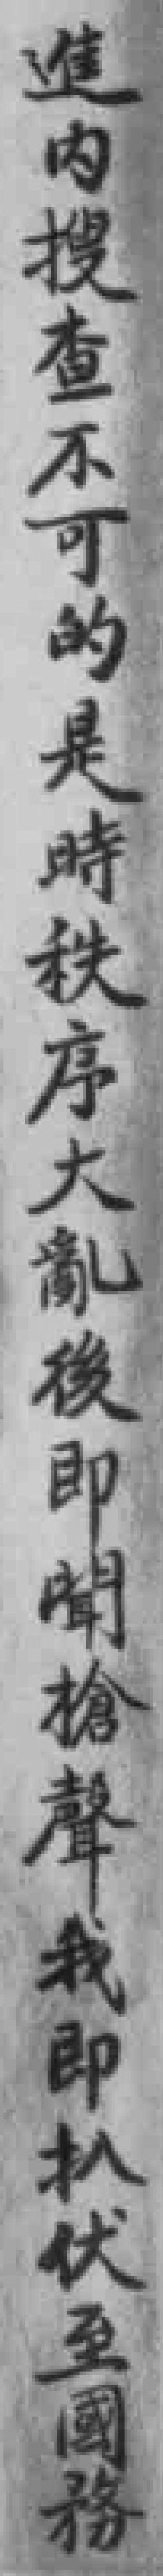
進内搜查不可的是時秩序大亂後即聞槍聲我即扒伏至國務